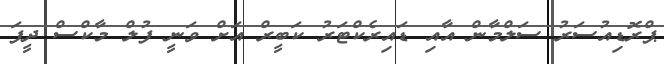
ޕްރޮޑިއުސަރު ސަލްމާން އާއި ޑައިރެކްޓަރު ކަބީރް އަށް ވަނީ ފުލް މާކްސް ދީފަ